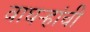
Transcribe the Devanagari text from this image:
वाघऱ्‍हांची